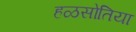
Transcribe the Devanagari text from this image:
हळसोतिया